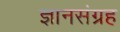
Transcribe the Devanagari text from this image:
ज्ञानसंग्रह